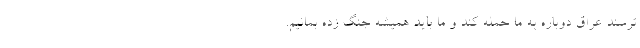
‌ترسند عراق‌ دوباره به ما حمله کند و ما باید همیشه جنگ زده بمانیم.